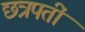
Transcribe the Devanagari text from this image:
छत्रपतीं